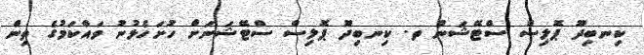
ކިނބިދޫ ޕޮލިސް ސްޓޭޝަން ތ. ކިނބިދޫ ޕޮލިސް ސްޓޭޝަނަށް ހުށަހެޅުނު ވައްކަމުގެ ތިން